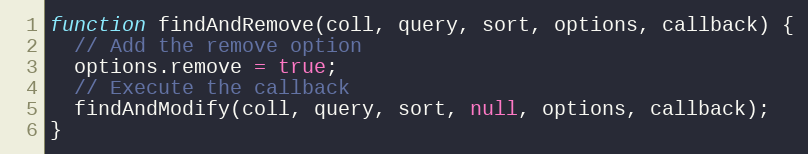
Language: JavaScript
function findAndRemove(coll, query, sort, options, callback) {
  // Add the remove option
  options.remove = true;
  // Execute the callback
  findAndModify(coll, query, sort, null, options, callback);
}